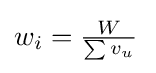
{\begin{matrix}w_{i}={\frac {W}{\sum v_{u}}}\,\end{matrix}}